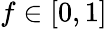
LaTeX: f\in[0,1]